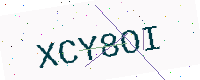
Text: XCY8OI